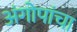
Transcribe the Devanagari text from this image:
अंगोपांचा